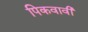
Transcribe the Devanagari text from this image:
पिकवावी